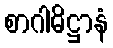
စာဂါဓိဋ္ဌာနံ